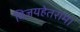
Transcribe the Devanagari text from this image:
विजयहेतराम।